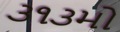
૩૧૩મો